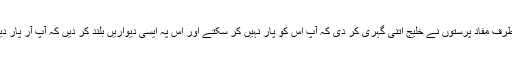
اس میں دونوں طرف مفاد پرستوں نے خلیج اتنی گہری کر دی کہ آپ اس کو پار نہیں کر سکتے اور اس پہ ایسی دیواریں بلند کر دیں کہ آپ آر پار دیکھ نہیں سکتے۔